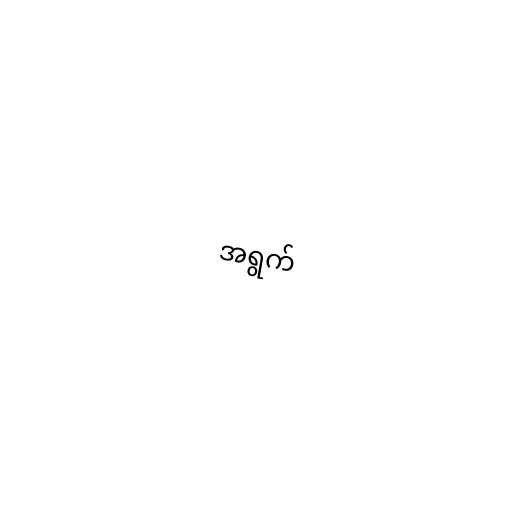
အရွက်